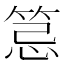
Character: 𥭜